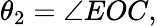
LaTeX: \theta_{2}=\angle EOC,